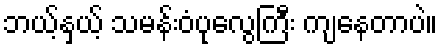
ဘယ့်နှယ့် သမန်းဝံပုလွေကြီး ကျနေတာပဲ။